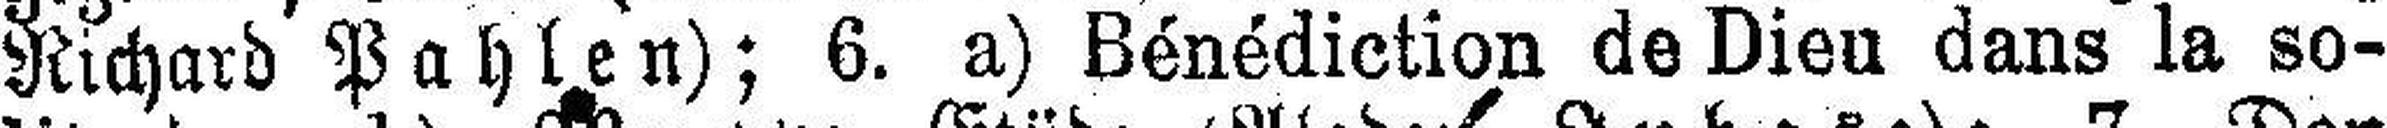
Richard Pahlen); 6. a) Bénédiction de Dieu dans la so¬